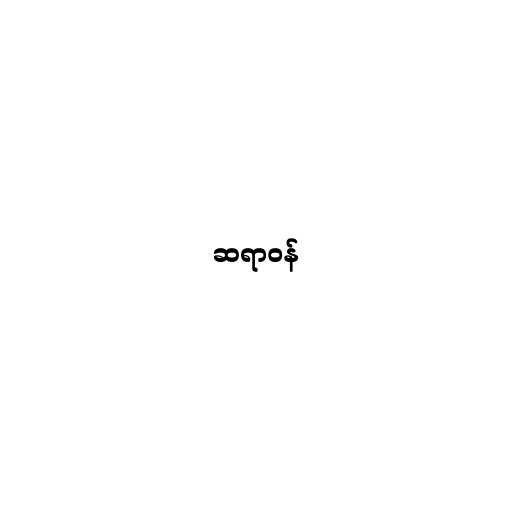
ဆရာဝန်